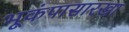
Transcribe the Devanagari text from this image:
भूकंपासारखा